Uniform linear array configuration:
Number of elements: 16
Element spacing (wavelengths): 1
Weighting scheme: hann
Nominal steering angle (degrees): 15
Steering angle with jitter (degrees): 13.219
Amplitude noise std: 0.05
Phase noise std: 0.05

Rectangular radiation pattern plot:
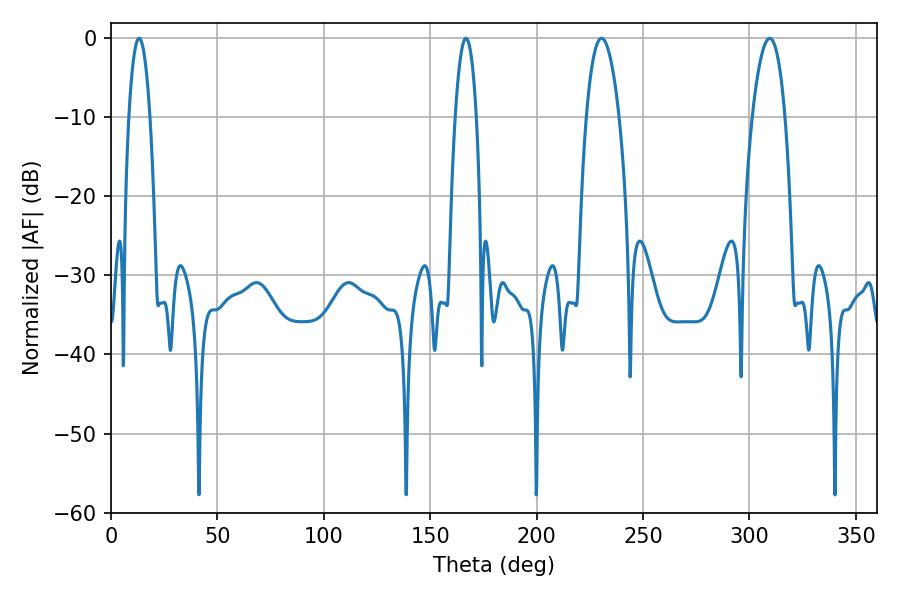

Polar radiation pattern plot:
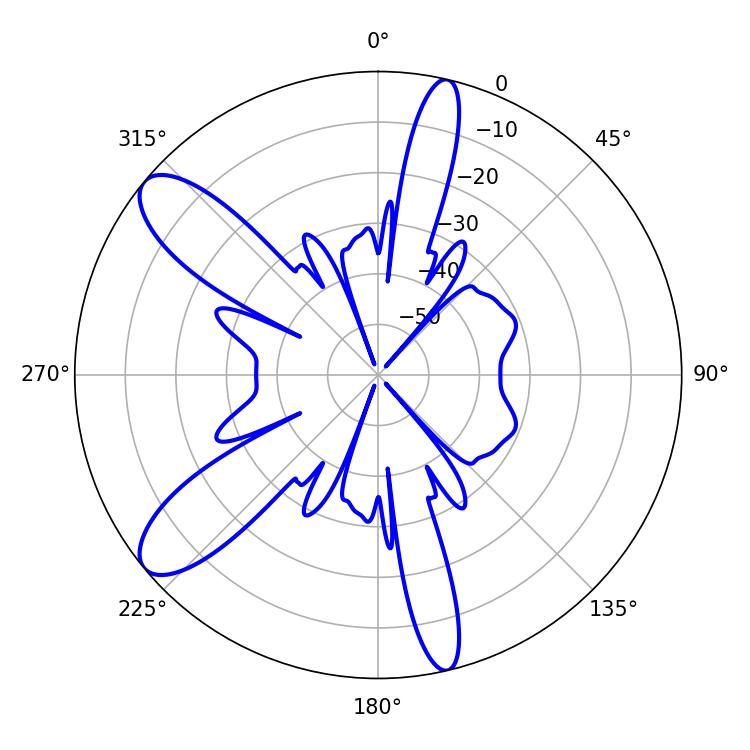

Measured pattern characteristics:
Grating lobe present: TRUE
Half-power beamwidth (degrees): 8.46
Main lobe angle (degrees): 309.6